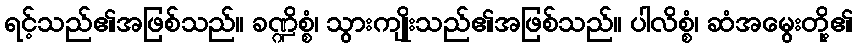
ရင့်သည်၏အဖြစ်သည်။ ခဏ္ဍိစ္စံ၊ သွားကျိုးသည်၏အဖြစ်သည်။ ပါလိစ္စံ၊ ဆံအမွေးတို့၏